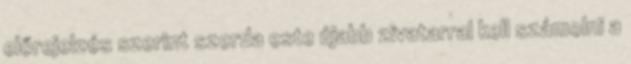
előrejelzés szerint szerda este újabb zivatarral kell számolni a